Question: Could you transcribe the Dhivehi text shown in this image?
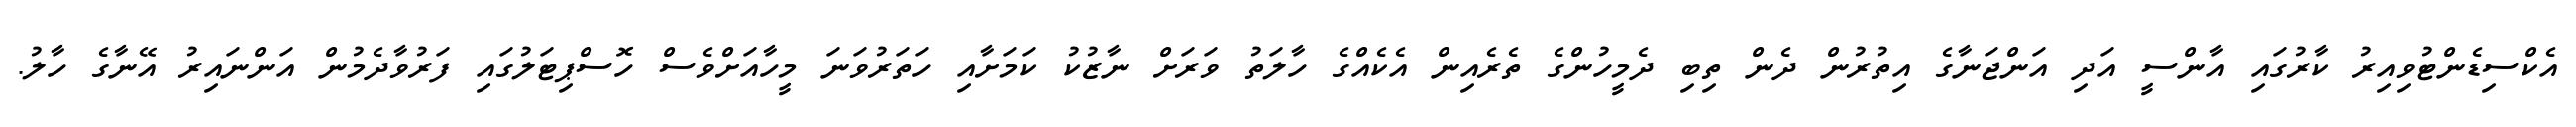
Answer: އެކްސިޑެންޓުވިއިރު ކާރުގައި އާންސީ އަދި އަންޖަނާގެ އިތުރުން ދެން ތިބި ދެމީހުންގެ ތެރެއިން އެކެއްގެ ހާލަތު ވަރަށް ނާޒުކު ކަމަށާއި ހަތަރުވަނަ މީހާއަށްވެސް ހޮސްޕިޓަލުގައި ފަރުވާދެމުން އަންނައިރު އޭނާގެ ހާލު.